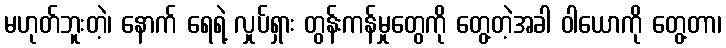
မဟုတ်ဘူးတဲ့၊ နောက် ရေရဲ့ လှုပ်ရှား တွန်းကန်မှုတွေကို တွေ့တဲ့အခါ ဝါယောကို တွေ့တာ၊